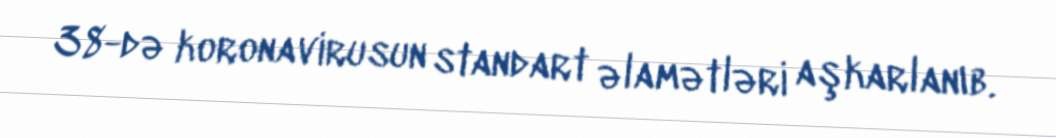
38-də koronavirusun standart əlamətləri aşkarlanıb.